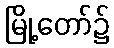
မြို့တော်၌